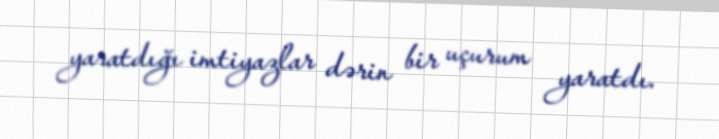
yaratdığı imtiyazlar dərin bir uçurum yaratdı.